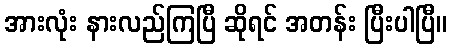
အားလုံး နားလည်ကြပြီ ဆိုရင် အတန်း ပြီးပါပြီ။